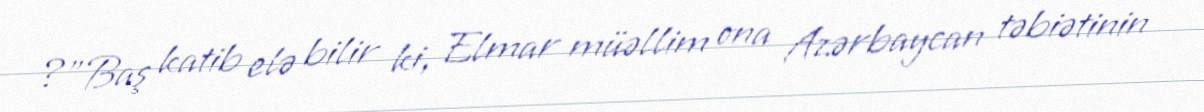
?”Baş katib elə bilir ki, Elmar müəllim ona Azərbaycan təbiətinin